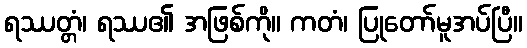
ရဿတ္တံ၊ ရဿ၏ အဖြစ်ကို။ ကတံ၊ ပြုတော်မူအပ်ပြီ။